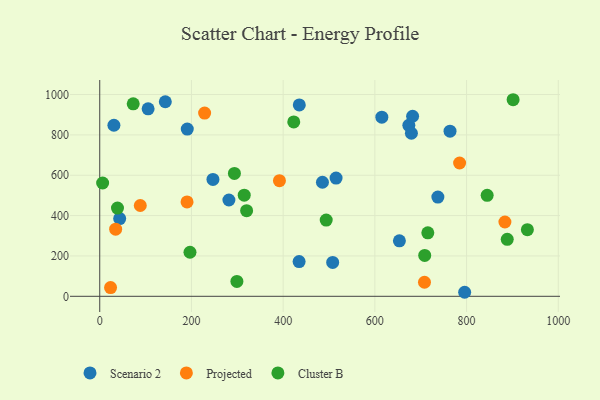
{"axis": {"x": "Ad Spend", "y": "Demand"}, "legend": ["Cluster B", "Projected", "Scenario 2"], "data": [{"x": "30.9", "y": 847.8, "type": "Scenario 2"}, {"x": "515.4", "y": 586.0, "type": "Scenario 2"}, {"x": "143.0", "y": 964.2, "type": "Scenario 2"}, {"x": "281.7", "y": 477.3, "type": "Scenario 2"}, {"x": "795.8", "y": 20.0, "type": "Scenario 2"}, {"x": "763.9", "y": 818.5, "type": "Scenario 2"}, {"x": "435.2", "y": 948.6, "type": "Scenario 2"}, {"x": "190.9", "y": 828.6, "type": "Scenario 2"}, {"x": "737.4", "y": 491.6, "type": "Scenario 2"}, {"x": "508.0", "y": 168.0, "type": "Scenario 2"}, {"x": "674.1", "y": 847.5, "type": "Scenario 2"}, {"x": "246.9", "y": 579.3, "type": "Scenario 2"}, {"x": "434.8", "y": 172.1, "type": "Scenario 2"}, {"x": "679.7", "y": 808.0, "type": "Scenario 2"}, {"x": "653.5", "y": 275.0, "type": "Scenario 2"}, {"x": "485.7", "y": 565.2, "type": "Scenario 2"}, {"x": "43.5", "y": 385.1, "type": "Scenario 2"}, {"x": "615.2", "y": 887.8, "type": "Scenario 2"}, {"x": "105.5", "y": 929.1, "type": "Scenario 2"}, {"x": "682.3", "y": 892.4, "type": "Scenario 2"}, {"x": "228.7", "y": 908.1, "type": "Projected"}, {"x": "23.6", "y": 43.4, "type": "Projected"}, {"x": "34.7", "y": 332.6, "type": "Projected"}, {"x": "708.2", "y": 69.6, "type": "Projected"}, {"x": "391.9", "y": 572.9, "type": "Projected"}, {"x": "190.4", "y": 467.9, "type": "Projected"}, {"x": "88.4", "y": 450.1, "type": "Projected"}, {"x": "883.6", "y": 368.3, "type": "Projected"}, {"x": "784.8", "y": 660.6, "type": "Projected"}, {"x": "38.7", "y": 437.4, "type": "Cluster B"}, {"x": "708.7", "y": 202.5, "type": "Cluster B"}, {"x": "423.1", "y": 864.1, "type": "Cluster B"}, {"x": "196.8", "y": 218.3, "type": "Cluster B"}, {"x": "888.7", "y": 282.4, "type": "Cluster B"}, {"x": "715.5", "y": 314.4, "type": "Cluster B"}, {"x": "932.6", "y": 330.3, "type": "Cluster B"}, {"x": "901.5", "y": 974.2, "type": "Cluster B"}, {"x": "493.9", "y": 377.8, "type": "Cluster B"}, {"x": "320.3", "y": 424.2, "type": "Cluster B"}, {"x": "6.3", "y": 561.4, "type": "Cluster B"}, {"x": "299.1", "y": 73.9, "type": "Cluster B"}, {"x": "73.0", "y": 953.8, "type": "Cluster B"}, {"x": "844.9", "y": 500.5, "type": "Cluster B"}, {"x": "293.7", "y": 609.2, "type": "Cluster B"}, {"x": "315.1", "y": 501.4, "type": "Cluster B"}]}